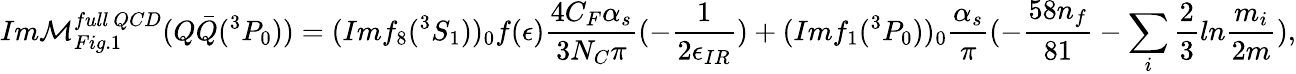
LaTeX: Im{\cal M}_{Fig.1}^{full~QCD}(Q\bar{Q}(^{3}P_{0}))=(Imf_{8}(^{3}S_{1}))_{0}f(\epsilon)\frac{4C_{F}\alpha_{s}}{3N_{C}\pi}(-\frac{1}{2\epsilon_{IR}})+(Imf_{1}(^{3}P_{0}))_{0}\frac{\alpha_{s}}{\pi}(-\frac{58n_{f}}{81}-\sum_{i}\frac{2}{3}ln\frac{m_{i}}{2m}),